Lunatic asylums Central Provinces reports 1895-1909 - 1895-1909
Year: 1895
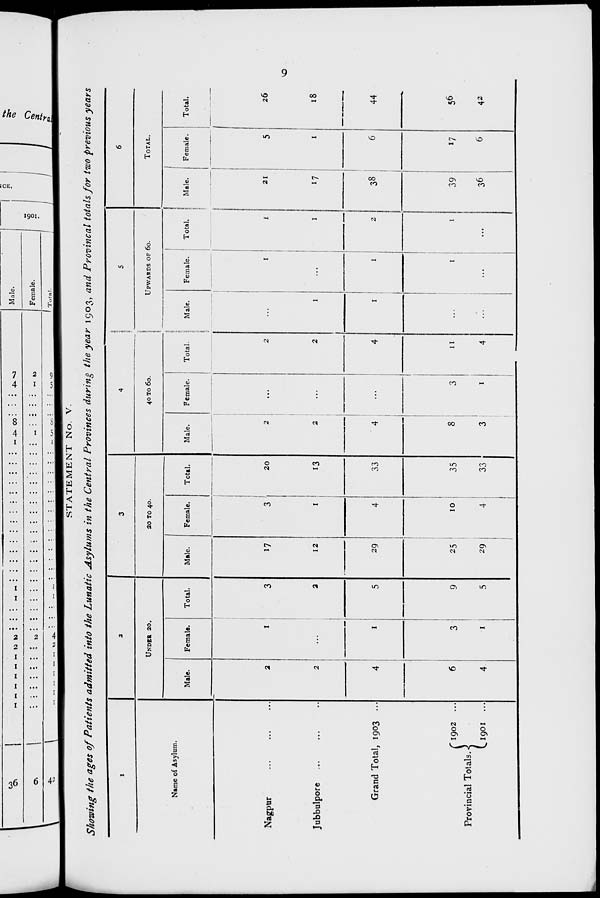
9
STATEMENT No. V.
Showing the ages of Patients admitted into the Lunatic Asylums in the Central Provinces during the year 1903, and Provincal totals for two previous years
1
Name of Asylum.
Nagpur
...
...
...
Jubbulpore ... ... ...
Grand Total, 1903 ...
Provincial Totals.
1902
...
1901
...
2
UNDER 20.
Male.
2
2
4
6
4
Female.
1
...
1
3
1
Total.
3
2
5
9
5
3
20 TO 40.
Male.
17
12
29
25
29
Female.
3
1
4
10
4
Total.
20
13
33
35
33
4
40 TO 60.
Male.
2
2
4
8
3
Female.
...
...
...
3
1
Total.
2
2
4
11
4
5
UPWARDS OF 60.
Male.
...
1
1
...
...
Female.
1
...
1
1
...
Total.
1
1
2
1
...
6
TOTAL.
Male.
21
17
38
39
36
Female.
5
1
6
17
6
Total.
26
18
44
56
42